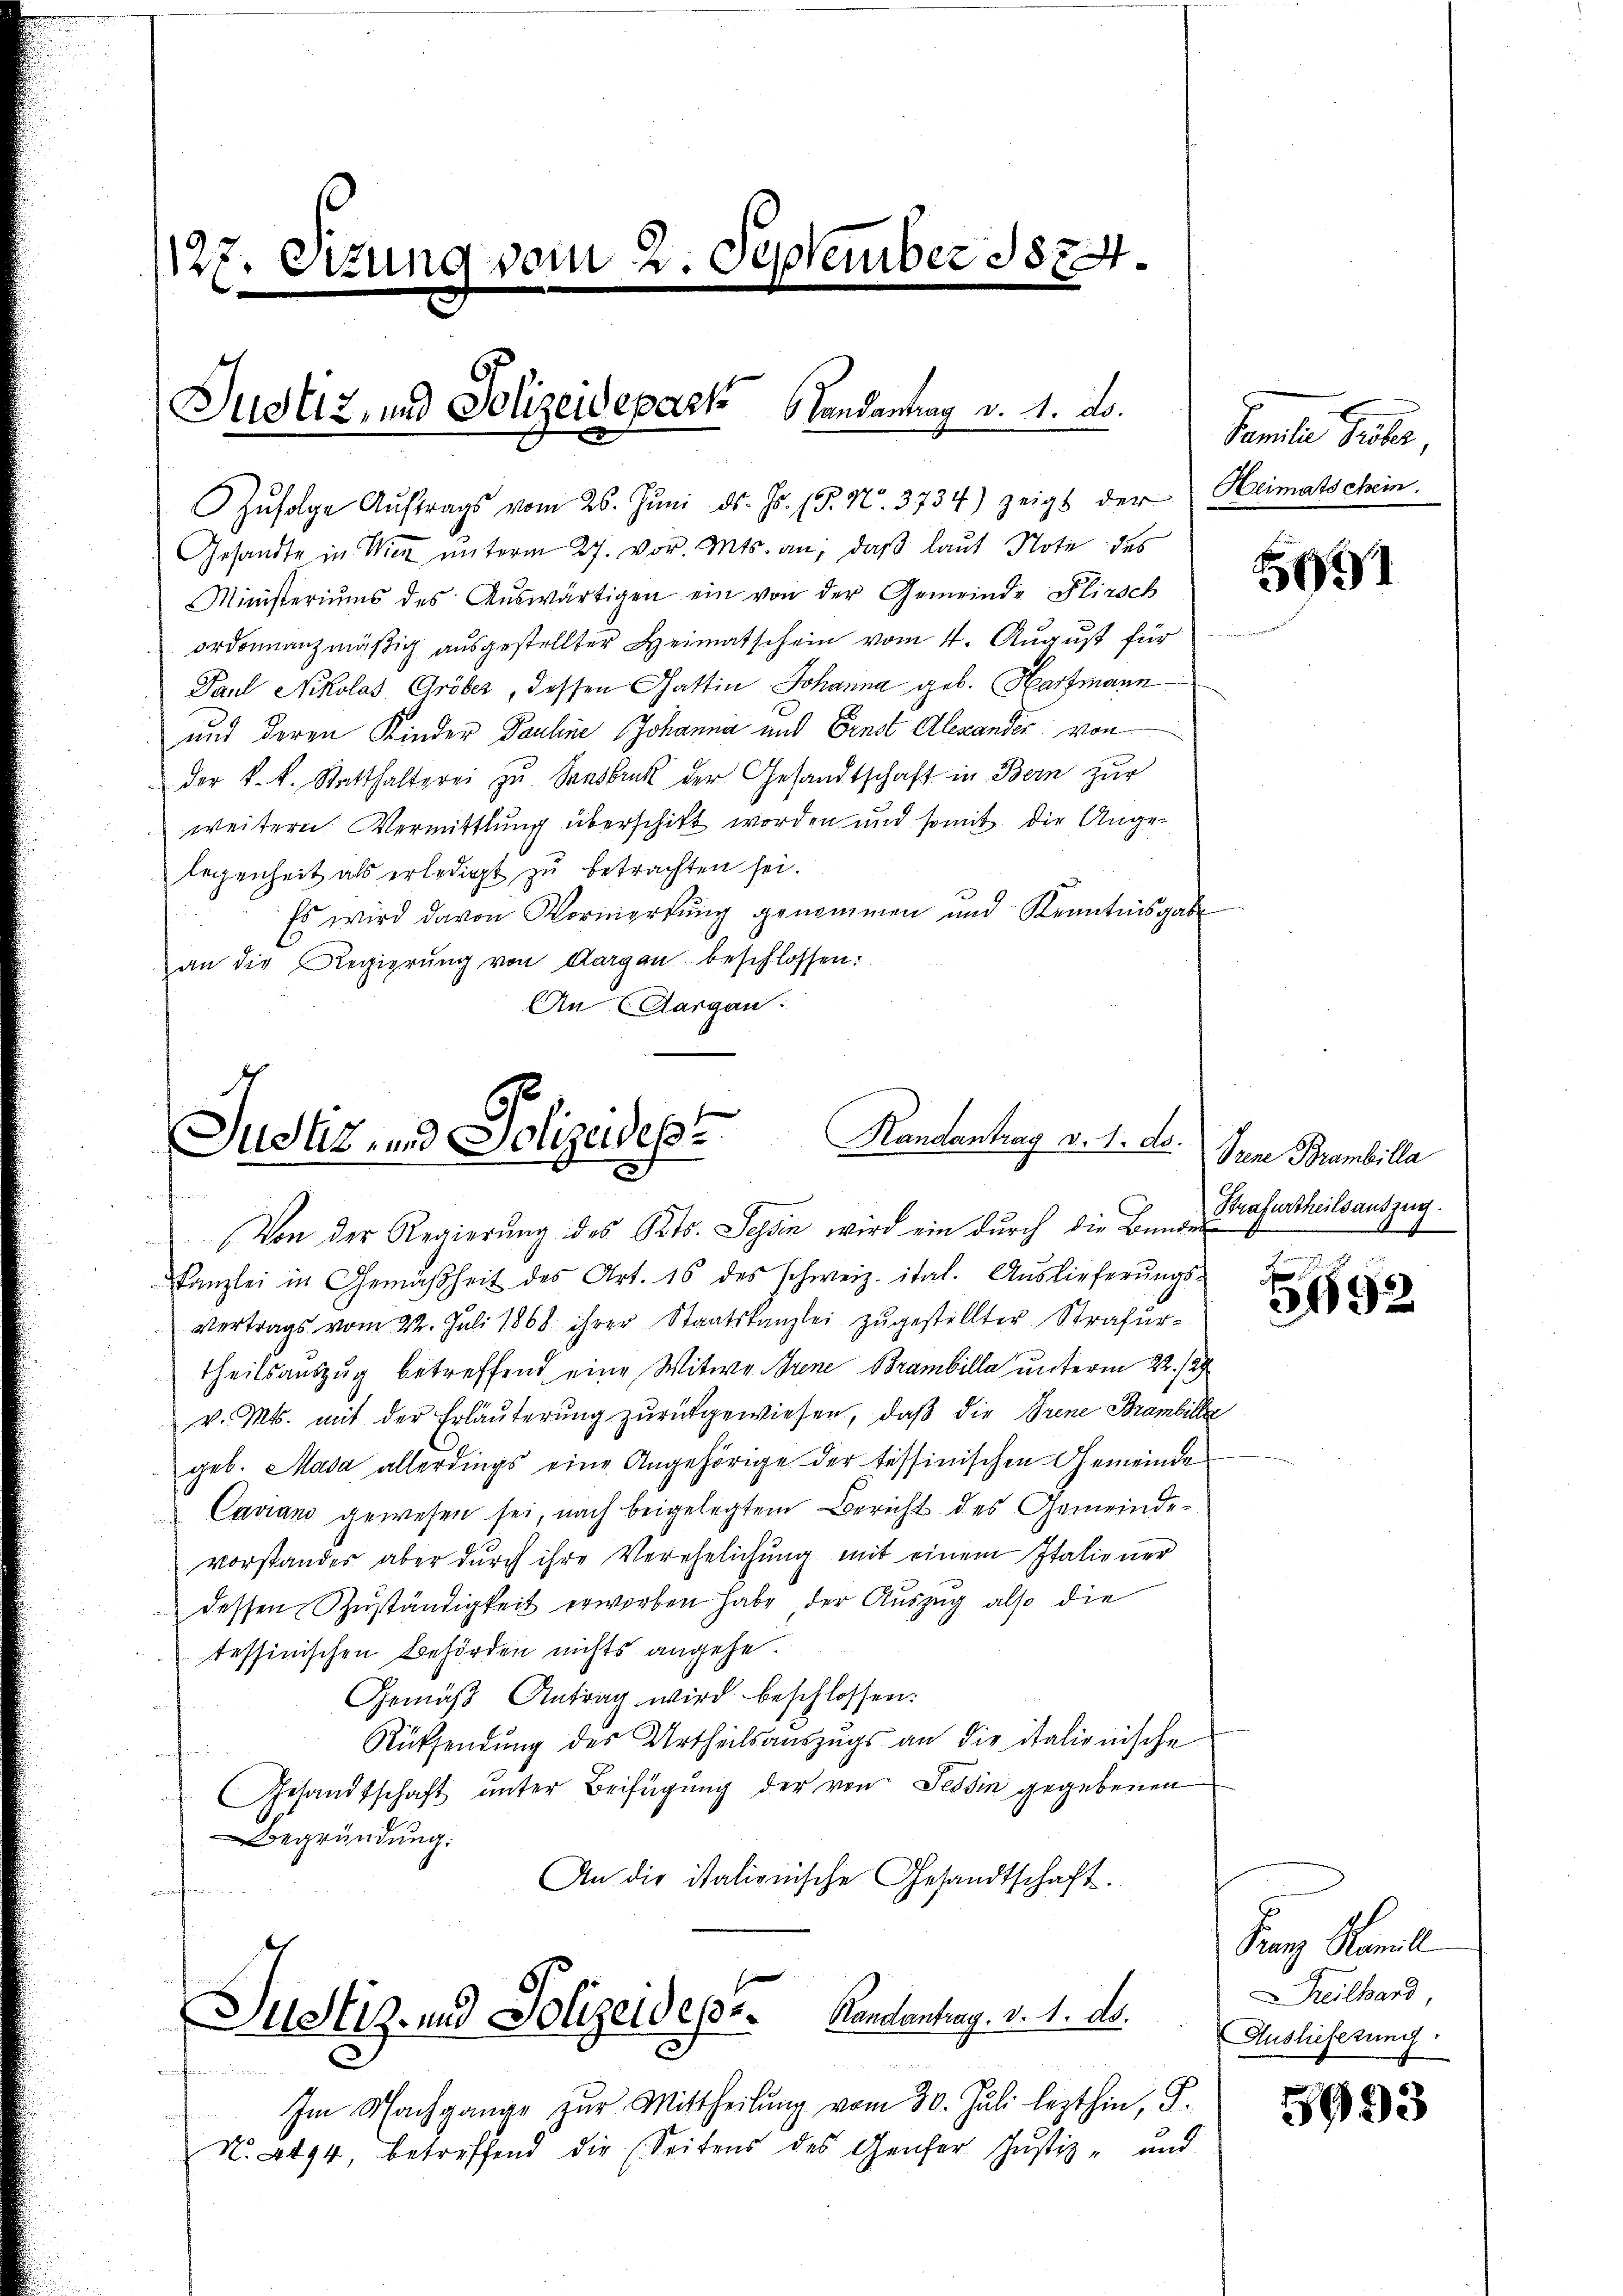
127. Sizung vom 2. September 1874

Justiz, und Polizeidepark Landantrag v. 4. ds.

Zŭfolge Aŭftrags vom 26. Jŭni d. Js. (T. No. 3734) zeigt der Heimatschein.
Gesandte in Wien unterm 27. vor. Mts. an, daß laut Note des
Ministeriums des Aŭswärtigen ein von der Gemeinde Fliesch
ordonnanzmäßig ausgestellter Heimatschein vom 4. August für
Paul Nikolas Gröber, dessen Gattin Johanna geb. Hartmann
und deren Kinder Pauline Johanna und Ernst Alexander von
der k.k. Statthalterei zu Sansbruk der Gesandtschaft in Bern zur
weitern. Vermittlung überschikt worden und somit die Angelegenheit als erledigt zu betrachten sei.
Es wird davon Vormerkung genommen und Kenntnisgabe
an die Regierŭng von Aargau beschlossen:
An Aargau.

Handantrag v. 1. ds.
Justiz und Polizeidest

Von der Regierung des Kts. Tessin wird ein durch die Bundes
Kanzlei in Gemäßheit des Art. 16 des schweiz. ital. Auslieferŭngs-
Vertrags vom 22. Juli 1868 ihrer Staatskanzlei zŭgestellter Strafŭr-
theilsauszug betreffend eine Witwe Frene Brambilla unterm 22./29.
v. Mts. mit der Erläuterung zŭrückgewiesen, daβ die Frene Brambille
geb. Mada allerdings eine Angehörige der tessinischen Gemeinde
Caviano gewesen sei, nach beigelegtem Bericht des Gemeinde-
vorstander aber dŭrch ihre Verehelichŭng mit einem Italiener
dessen Zuständigkeit erworben habe, der Auszug also die
tessinischen Behörden nichts angehe.
Gemäß Antrag wird beschlossen:
Rücksendung des Urtheilsauszugs an die italienische
Gesandtschaft unter Beifügung der von Tessin gegebenen
Begründung.
An die italienische Gesandtschaft.
f
f
Justiz- und Polizeidesse. Kandantrag. v. 1. ds.
Im Nachgange zŭr Mittheilŭng vom 30. Juli lezthin, S.
N. 4494, betreffend die (Seitens des Genfer Justiz- und

Peamte Peter

501

Prene Brambilla
Strafurtheilsauszug.

5692

San Mal
Beilhard,
Auslieferung:

5993